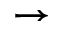
\rightarrow